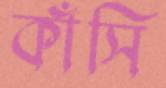
কাঁসি